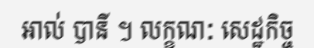
អាល់ បានី ។ លក្ខណៈ សេដ្ឋកិច្ច